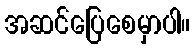
အဆင်ပြေစေမှာပါ။